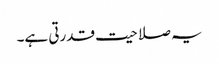
یہ صلاحیت قدرتی ہے۔